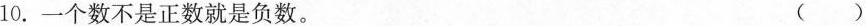
10. 一个数不是正数就是负数。 ()